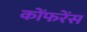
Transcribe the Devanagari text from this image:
कोंफरेंस